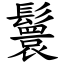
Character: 鬟